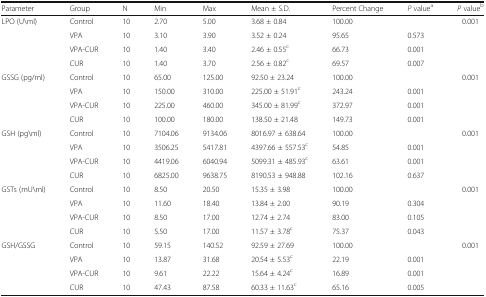
<table><thead><tr><td><b>Parameter</b></td><td><b>Group</b></td><td><b>N</b></td><td><b>Min</b></td><td><b>Max</b></td><td><b>Mean ± S.D.</b></td><td><b>Percent Change</b></td><td><b><i>P</i> value<sup>a</sup></b></td><td><b><i>P</i> value<sup>b</sup></b></td></tr></thead><tbody><tr><td rowspan="4">LPO (U\ml)</td><td>Control</td><td>10</td><td>2.70</td><td>5.00</td><td>3.68 ± 0.84</td><td>100.00</td><td></td><td rowspan="4">0.001</td></tr><tr><td>VPA</td><td>10</td><td>3.10</td><td>3.90</td><td>3.52 ± 0.24</td><td>95.65</td><td>0.573</td></tr><tr><td>VPA-CUR</td><td>10</td><td>1.40</td><td>3.40</td><td>2.46 ± 0.55<sup>c</sup></td><td>66.73</td><td>0.001</td></tr><tr><td>CUR</td><td>10</td><td>1.40</td><td>3.70</td><td>2.56 ± 0.82<sup>c</sup></td><td>69.57</td><td>0.007</td></tr><tr><td rowspan="4">GSSG (pg/ml)</td><td>Control</td><td>10</td><td>65.00</td><td>125.00</td><td>92.50 ± 23.24</td><td>100.00</td><td></td><td rowspan="4">0.001</td></tr><tr><td>VPA</td><td>10</td><td>150.00</td><td>310.00</td><td>225.00 ± 51.91<sup>c</sup></td><td>243.24</td><td>0.001</td></tr><tr><td>VPA-CUR</td><td>10</td><td>225.00</td><td>460.00</td><td>345.00 ± 81.99<sup>c</sup></td><td>372.97</td><td>0.001</td></tr><tr><td>CUR</td><td>10</td><td>100.00</td><td>180.00</td><td>138.50 ± 21.48</td><td>149.73</td><td>0.001</td></tr><tr><td rowspan="4">GSH (pg\ml)</td><td>Control</td><td>10</td><td>7104.06</td><td>9134.06</td><td>8016.97 ± 638.64</td><td>100.00</td><td></td><td rowspan="4">0.001</td></tr><tr><td>VPA</td><td>10</td><td>3506.25</td><td>5417.81</td><td>4397.66 ± 557.53<sup>c</sup></td><td>54.85</td><td>0.001</td></tr><tr><td>VPA-CUR</td><td>10</td><td>4419.06</td><td>6040.94</td><td>5099.31 ± 485.93<sup>c</sup></td><td>63.61</td><td>0.001</td></tr><tr><td>CUR</td><td>10</td><td>6825.00</td><td>9638.75</td><td>8190.53 ± 948.88</td><td>102.16</td><td>0.637</td></tr><tr><td rowspan="4">GSTs (mU\ml)</td><td>Control</td><td>10</td><td>8.50</td><td>20.50</td><td>15.35 ± 3.98</td><td>100.00</td><td></td><td rowspan="4">0.001</td></tr><tr><td>VPA</td><td>10</td><td>11.60</td><td>18.40</td><td>13.84 ± 2.00</td><td>90.19</td><td>0.304</td></tr><tr><td>VPA-CUR</td><td>10</td><td>8.50</td><td>17.00</td><td>12.74 ± 2.74</td><td>83.00</td><td>0.105</td></tr><tr><td>CUR</td><td>10</td><td>5.50</td><td>17.00</td><td>11.57 ± 3.78<sup>c</sup></td><td>75.37</td><td>0.043</td></tr><tr><td rowspan="4">GSH/GSSG</td><td>Control</td><td>10</td><td>59.15</td><td>140.52</td><td>92.59 ± 27.69</td><td>100.00</td><td></td><td rowspan="4">0.001</td></tr><tr><td>VPA</td><td>10</td><td>13.87</td><td>31.68</td><td>20.54 ± 5.53<sup>c</sup></td><td>22.19</td><td>0.001</td></tr><tr><td>VPA-CUR</td><td>10</td><td>9.61</td><td>22.22</td><td>15.64 ± 4.24<sup>c</sup></td><td>16.89</td><td>0.001</td></tr><tr><td>CUR</td><td>10</td><td>47.43</td><td>87.58</td><td>60.33 ± 11.63<sup>c</sup></td><td>65.16</td><td>0.005</td></tr></tbody></table>